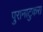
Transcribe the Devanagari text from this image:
पुरानाटुकरा